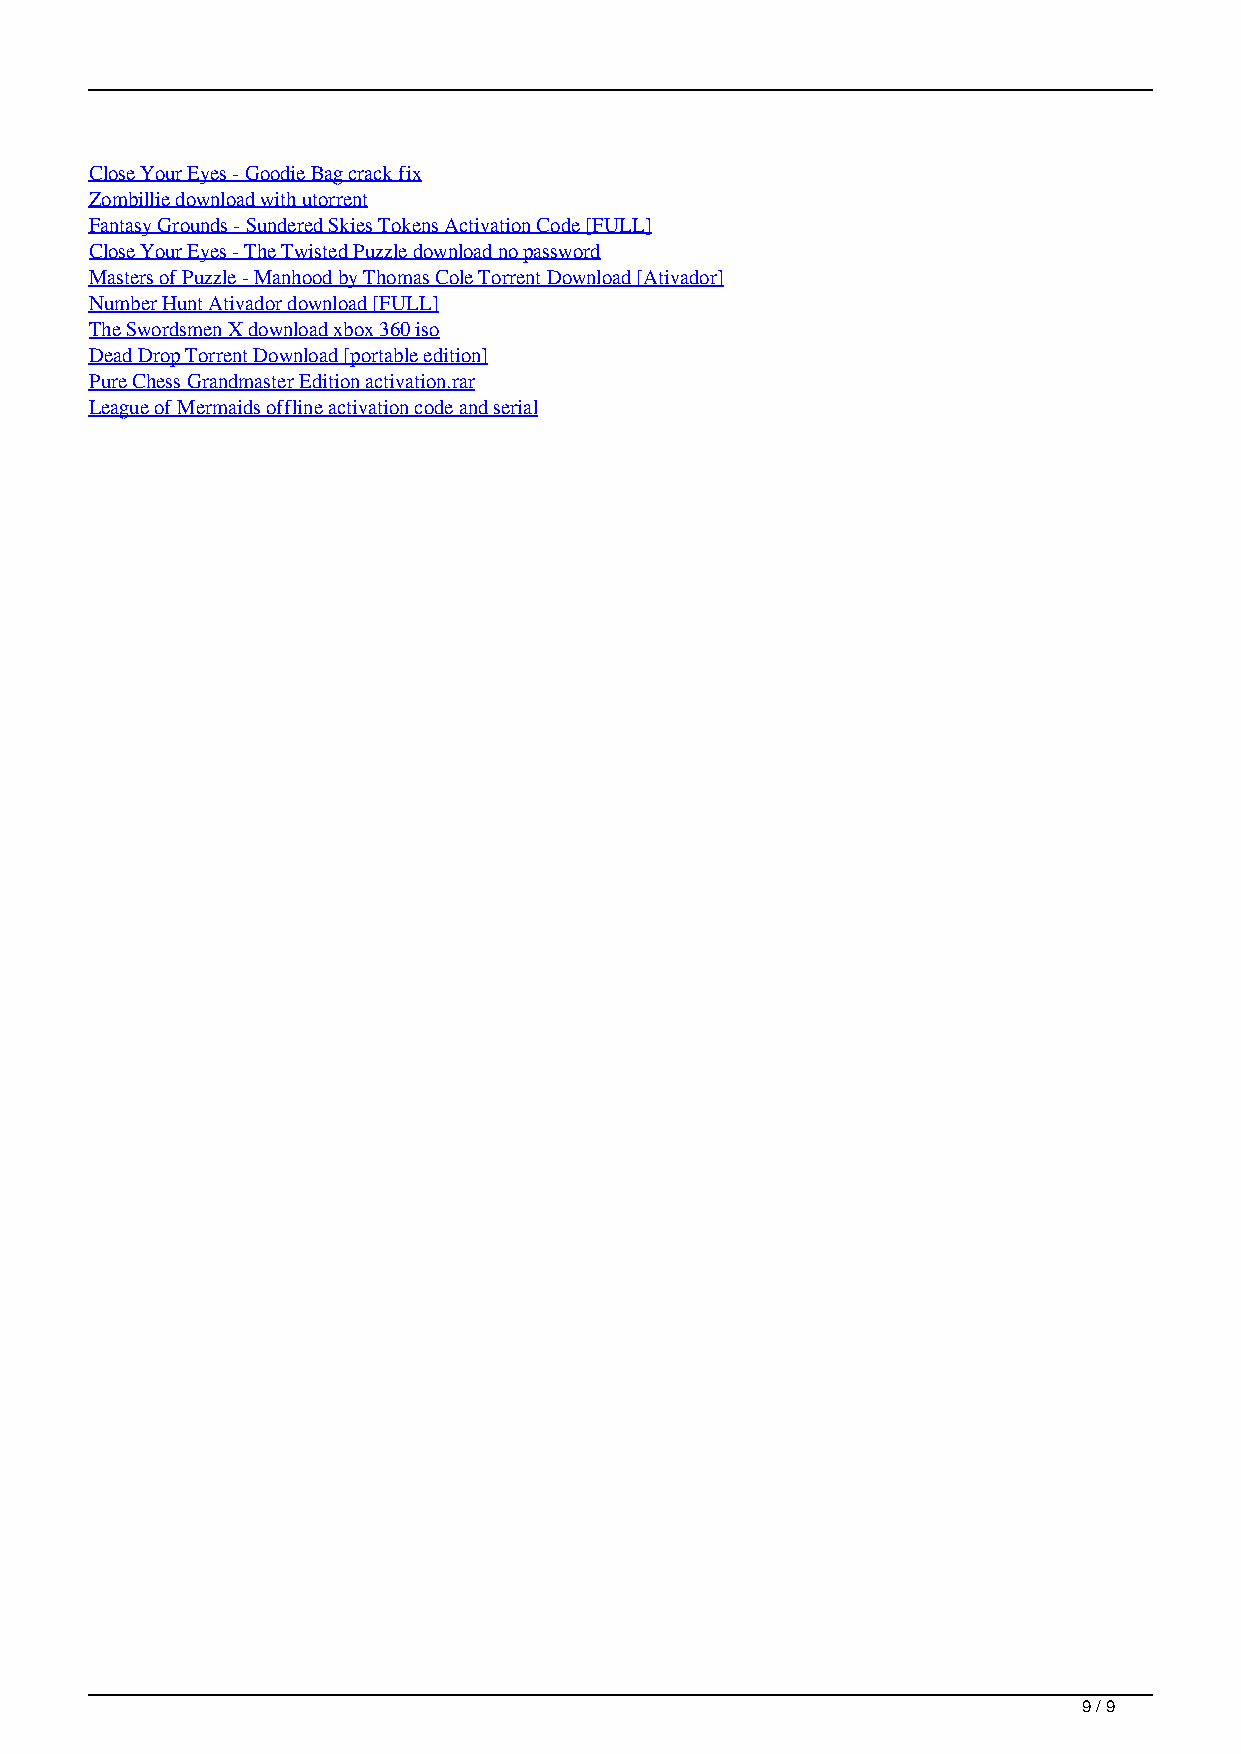
Close Your Eyes - Goodie Bag crack fix
 Zombillie download with utorrent
 Fantasy Grounds - Sundered Skies Tokens Activation Code [FULL]
 Close Your Eyes - The Twisted Puzzle download no password
 Masters of Puzzle - Manhood by Thomas Cole Torrent Download [Ativador]
 Number Hunt Ativador download [FULL]
 The Swordsmen X download xbox 360 iso
 Dead Drop Torrent Download [portable edition]
 Pure Chess Grandmaster Edition activation.rar
 League of Mermaids offline activation code and serial
 9 / 9
 Hiragana Pixel Party Original Extra Soundtracks Activation Code Portable Edition